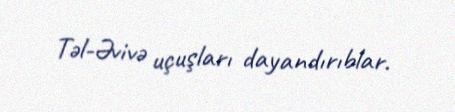
Təl-Əvivə uçuşları dayandırıblar.